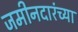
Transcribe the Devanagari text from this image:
जमीनदारंच्या